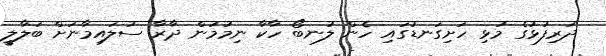
ދަރިފުޅުގެ މުޅި ހަށިގަނޑުގައި ހެން ލުނބޯ ހާކާ ނިމުމުން ދާރާ ސުލައިމާނަށް ބަލާލީ